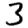
Digit: 3